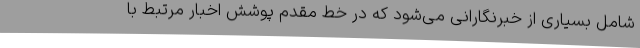
شامل بسیاری از خبرنگارانی می‌شود که در خط مقدم پوشش اخبار مرتبط با